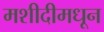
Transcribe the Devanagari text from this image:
मशीदीमधून